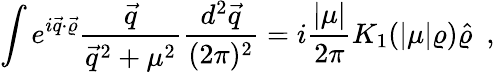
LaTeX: \int e^{i\vec{q}\cdot\vec{\varrho}}\frac{\vec{q}}{\vec{q}^{2}+\mu^{2}}\frac{d^{2}\vec{q}}{(2\pi)^{2}}=i\frac{|\mu|}{2\pi}K_{1}(|\mu|\varrho)\hat{\varrho}~~,